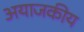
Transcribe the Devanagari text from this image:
अयाजकीय